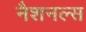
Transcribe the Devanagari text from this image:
नैशनल्स